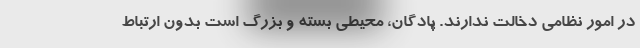
در امور نظامی دخالت ندارند. پادگان، محیطی بسته و بزرگ است بدون ارتباط